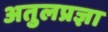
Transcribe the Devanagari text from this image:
अतुलप्रज्ञा